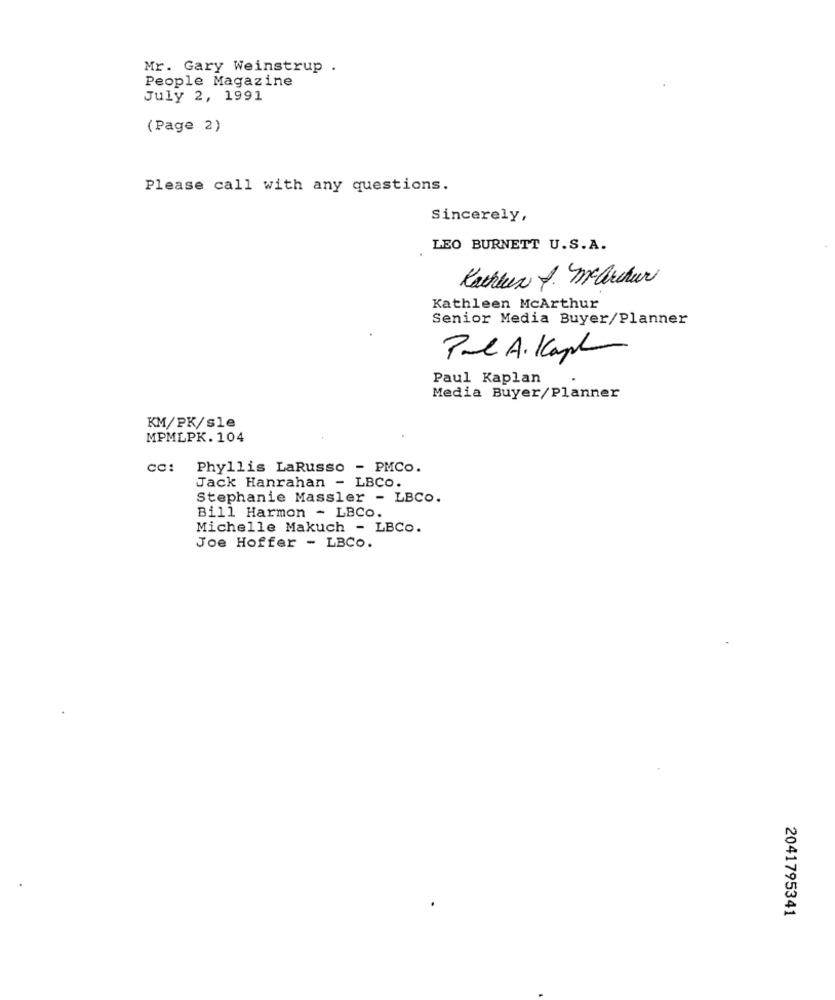
Mr. Gary Weinstrup .
People Magazine
July 2, 1991
(Page 2)
Please call with any questions.
Sincerely,
LEO BURNETT U.S.A.
Kathlen J. mcarthur
Kathleen McArthur
Senior Media Buyer/Planner
Pal A. Kaph
Paul Kaplan
Media Buyer/Planner
KM/PK/sle
MPMLPK. 104
cc: Phyllis LaRusso - PMCO.
Jack Hanrahan - LBCO.
Stephanie Massler - LBCO.
Bill Harmon - LBCO.
Michelle Makuch - LBCo.
Joe Hoffer - LBCO.
2041795341